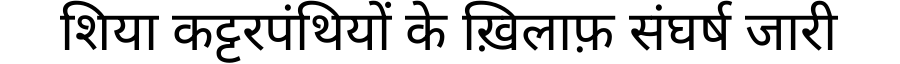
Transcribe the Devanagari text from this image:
शिया कट्टरपंथियों के ख़िलाफ़ संघर्ष जारी